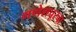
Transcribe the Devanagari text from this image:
गणेशपूरचा